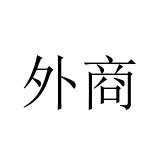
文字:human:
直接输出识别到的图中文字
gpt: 外商